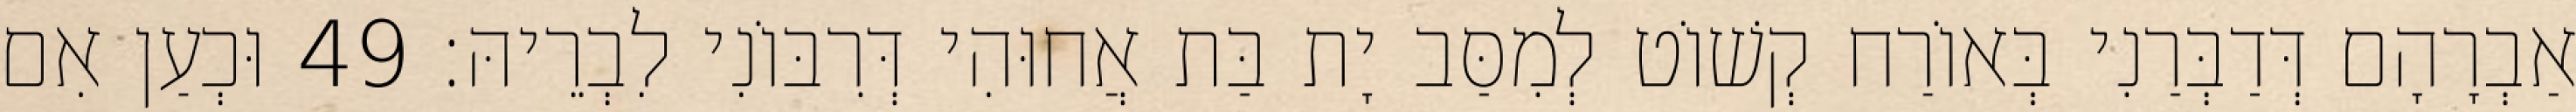
אַבְרָהָם דְּדַבְּרַנִי בְּאוֹרַח קְשׁוֹט לְמִסַּב יָת בַּת אֲחוּהִי דְּרִבּוֹנִי לִבְרֵיהּ׃ 49 וּכְעַן אִם